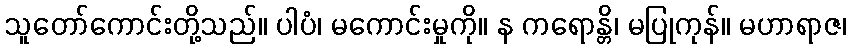
သူတော်ကောင်းတို့သည်။ ပါပံ၊ မကောင်းမှုကို။ န ကရောန္တိ၊ မပြုကုန်။ မဟာရာဇ၊